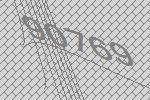
90769